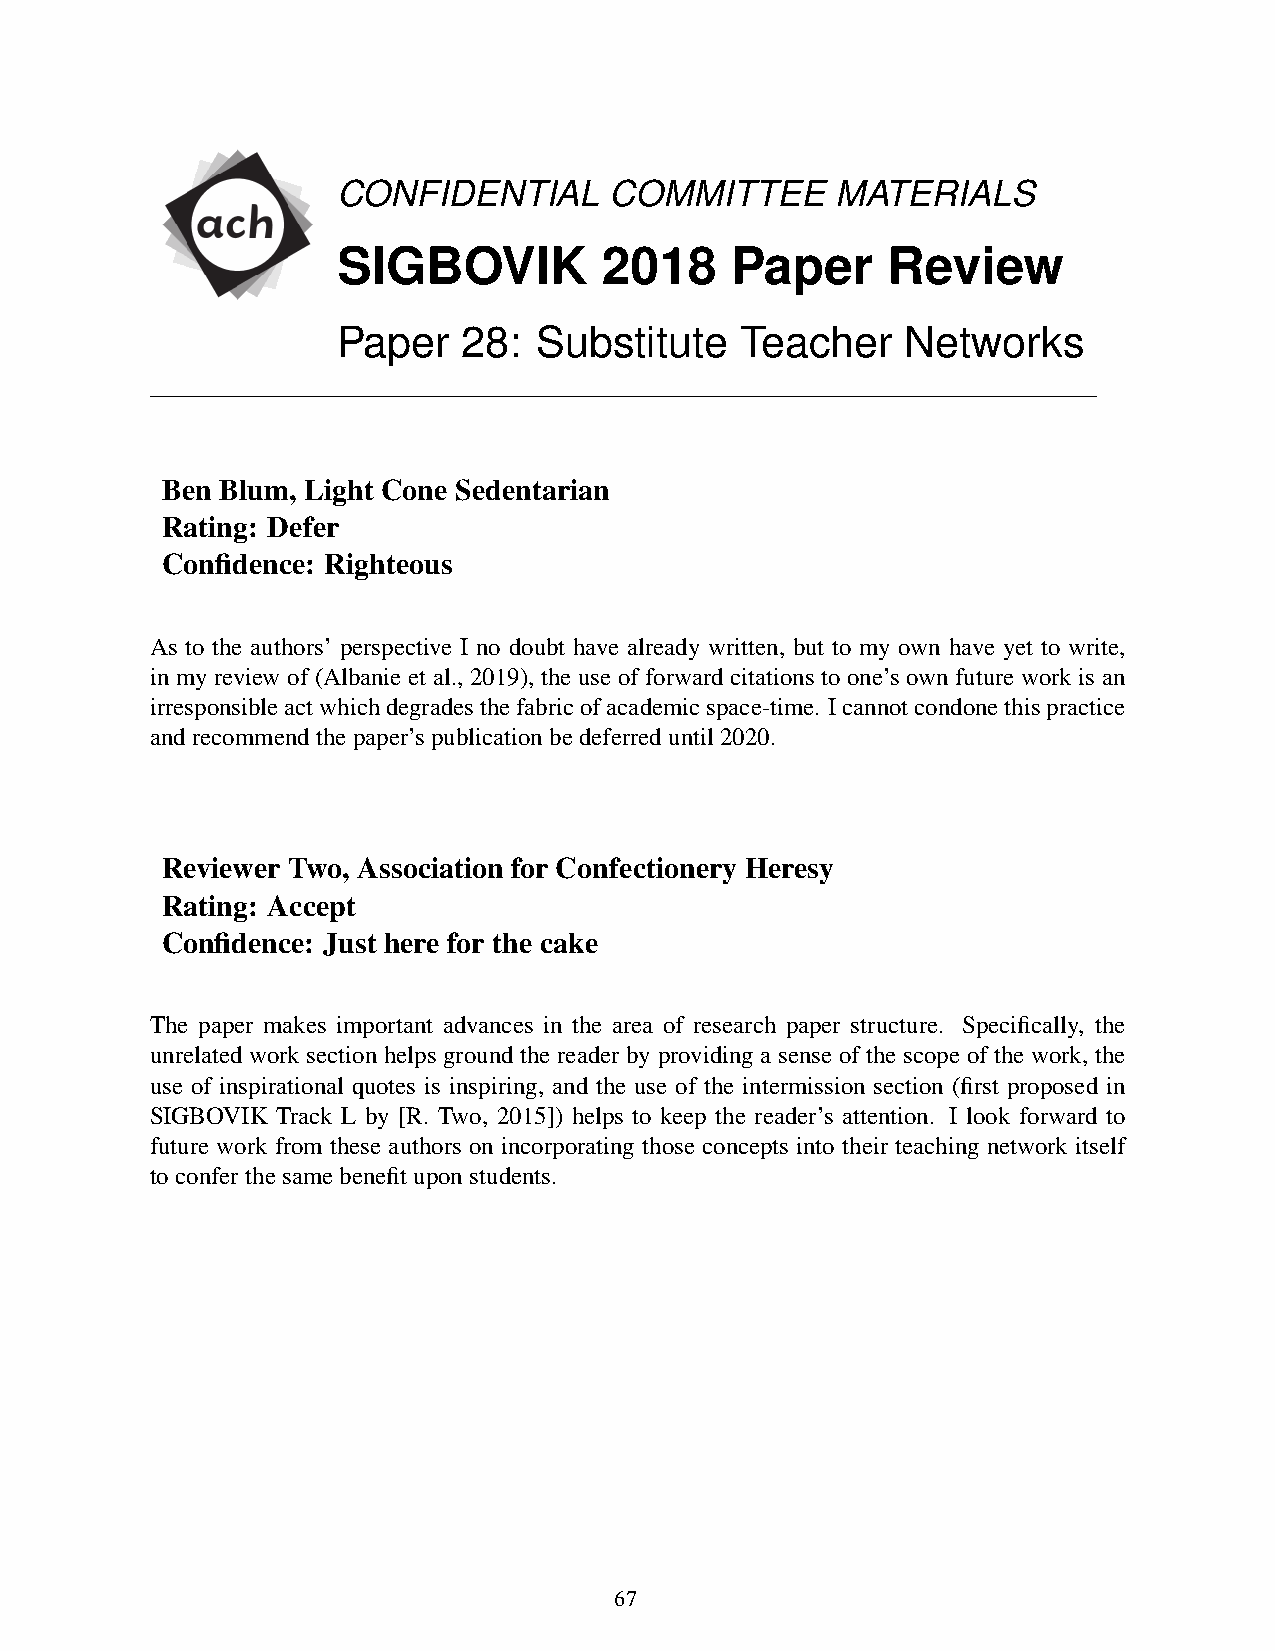
CONFIDENTIAL      COMMITTEE      MATERIALS
 SIGBOVIK          2018    Paper      Review
 Paper    28:  Substitute   Teacher    Networks
 Ben Blum, Light Cone Sedentarian
 Rating: Defer
 Confidence: Righteous
 As to the authors’ perspective I no doubt have already written, but to my own have yet to write,
 in my review of (Albanie et al., 2019), the use of forward citations to one’s own future work is an
 irresponsibleactwhichdegradesthefabricofacademicspace-time. Icannotcondonethispractice
 andrecommendthepaper’spublicationbedeferreduntil2020.
 Reviewer Two, Association for Confectionery Heresy
 Rating: Accept
 Confidence: Just here for the cake
 The paper makes important advances in the area of research paper structure. Specifically, the
 unrelated work section helps ground the reader by providing a sense of the scope of the work, the
 use of inspirational quotes is inspiring, and the use of the intermission section (first proposed in
 SIGBOVIK Track L by [R. Two, 2015]) helps to keep the reader’s attention. I look forward to
 future work from these authors on incorporating those concepts into their teaching network itself
 toconferthesamebenefituponstudents.
 67